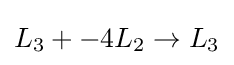
L_{3}+-4L_{2}\to L_{3}